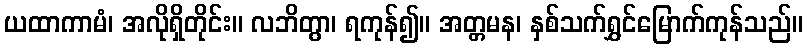
ယထာကာမံ၊ အလိုရှိတိုင်း။ လဘိတွာ၊ ရကုန်၍။ အတ္တမန၊ နှစ်သက်ရွှင်မြောက်ကုန်သည်။